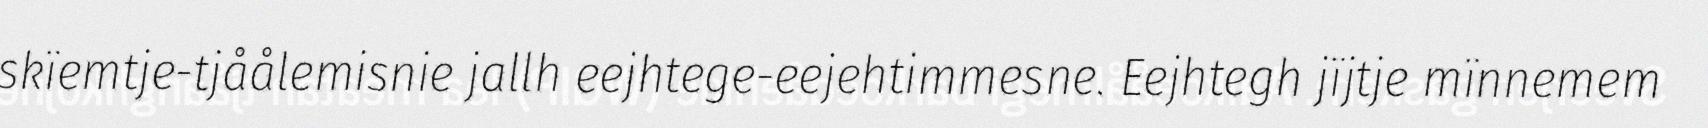
skïemtje-tjåålemisnie jallh eejhtege-eejehtimmesne. Eejhtegh jïjtje mïnnemem